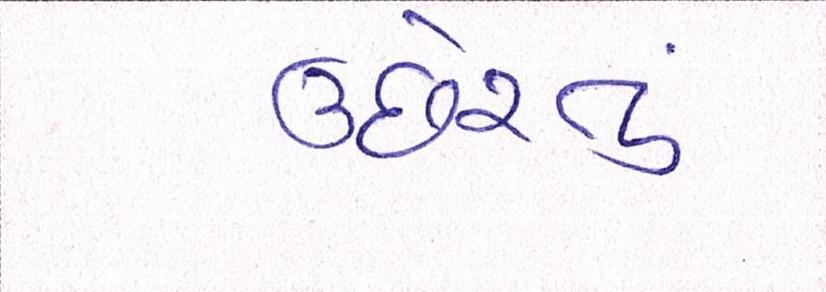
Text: ઉછેરતું